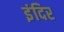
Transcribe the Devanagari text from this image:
इंदिर